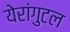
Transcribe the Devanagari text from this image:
येरांगुटल